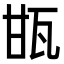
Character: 㽍